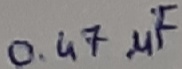
Text: 0.47µF